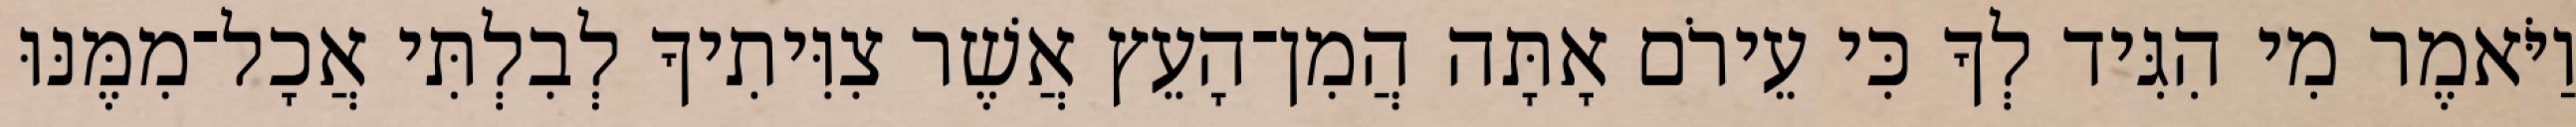
וַיֹּאמֶר מִי הִגִּיד לְךָ כִּי עֵירֹם אָתָּה הֲמִן־הָעֵץ אֲשֶׁר צִוִּיתִיךָ לְבִלְתִּי אֲכָל־מִמֶּנּוּ